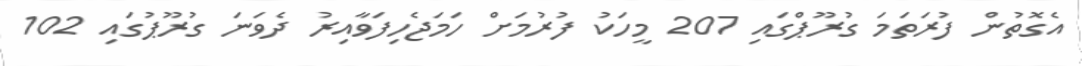
އެގޮތުން ފުރަތަމަ ގުރޫޕްގައި 207 މީހަކު ފުރުމަށް ހަމަޖެހިފަވާއިރު ދެވަނަ ގުރޫޕުގައި 102